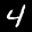
Label: 4